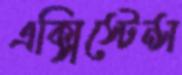
এক্সিস্টেন্স